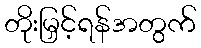
တိုးမြှင့်ရန်အတွက်